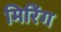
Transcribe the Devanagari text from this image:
मिरिंग